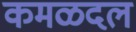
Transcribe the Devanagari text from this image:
कमळदल